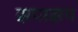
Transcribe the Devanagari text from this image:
झपाझप